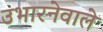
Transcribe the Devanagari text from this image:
उभारनेवाले